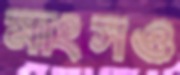
মাংসও